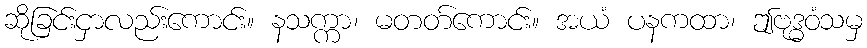
ဆိုခြင်းငှာလည်းကောင်း။ နသက္ကာ၊ မတတ်ကောင်း။ အယံ ပနကထာ၊ ဤဗုဒ္ဓဝံသမှ